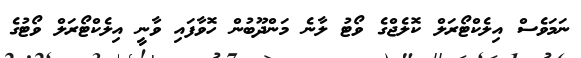
ނަމަވެސް އިލެކްޓޯރަލް ކޮލެޖްގެ ވޯޓު ލާނެ މަންދޫބުން ހޮވާފައި ވާނީ އިލެކްޓޯރަލް ވޯޓުގެ